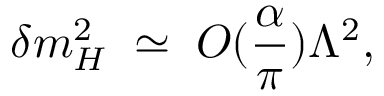
\delta m _ { H } ^ { 2 } \; \simeq \; { \cal O } ( { \frac { \alpha } { \pi } } ) \Lambda ^ { 2 } ,